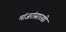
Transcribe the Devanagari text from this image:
मांजरांसारखी